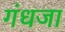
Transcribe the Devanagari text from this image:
गंधजा